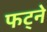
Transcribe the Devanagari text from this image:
फट्ने